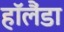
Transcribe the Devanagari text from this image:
हॉलैंडा